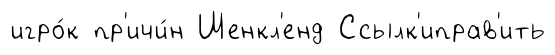
игро́к пр'ичи́н Шенкл'енд Ссылк'иправ'ить